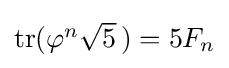
\textstyle \mathrm {tr} (\varphi ^{n}{\sqrt {5}}~\!)=5F_{n}